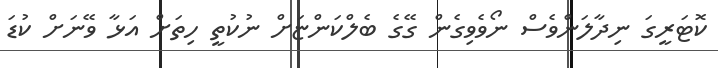
ކޮޓަރީގަ ނިދާލަންވެސް ނޯވެވިގެން ގޭގެ ބެލްކަންޏަށް ނުކުތީ ހިތަށް އަޅާ ވޭނަށް ކުޑަ